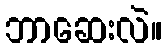
ဘာဆေးလဲ။